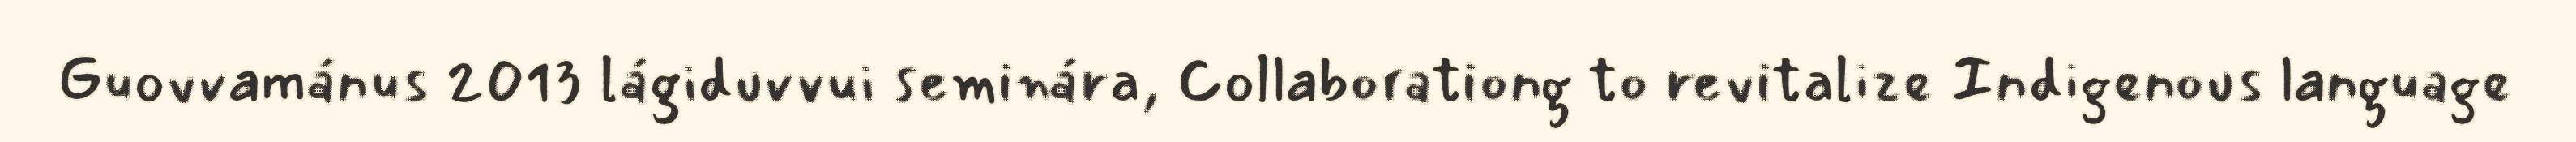
Guovvamánus 2013 lágiduvvui seminára, Collaborationg to revitalize Indigenous language